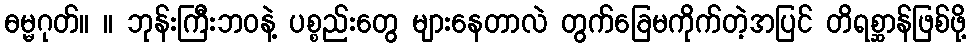
ဓမ္မဂုတ်။ ။ ဘုန်းကြီးဘဝနဲ့ ပစ္စည်းတွေ များနေတာလဲ တွက်ခြေမကိုက်တဲ့အပြင် တိရစ္ဆာန်ဖြစ်ဖို့